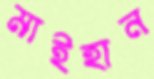
মাইহান